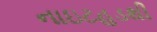
નાઇટહૂડથી